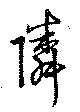
隣